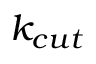
k _ { c u t }